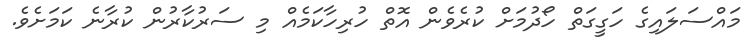
މައްސަލައިގެ ހަގީގަތް ހޯދުމަށް ކުރެވެން އޮތް ހުރިހާކަމެއް މި ސަރުކާރުން ކުރާނެ ކަމަށެވެ.